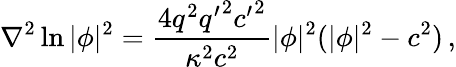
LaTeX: \nabla^{2}\ln|\phi|^{2}=\frac{4q^{2}{q^{\prime}}^{2}{c^{\prime}}^{2}}{\kappa^{2}c^{2}}|\phi|^{2}(|\phi|^{2}-c^{2})\, ,